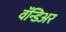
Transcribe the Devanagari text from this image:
वॅन्डिअर